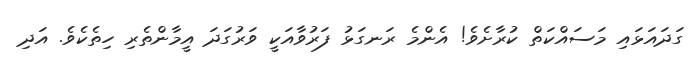
ގަދައަޅައި މަސައްކަތް ކުރާށެވެ! އެންމެ ރަނގަޅު ފަރުވާއަކީ ވަރުގަދަ އީމާންތެރި ހިތެކެވެ. އަދި